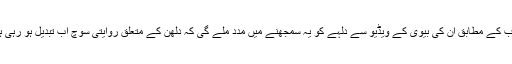
پرنب کے مطابق ان کی بیوی کے ویڈیو سے دلہے کو یہ سمجھنے میں مدد ملے گی کہ دلھن کے متعلق روایتی سوچ اب تبدیل ہو رہی ہے۔